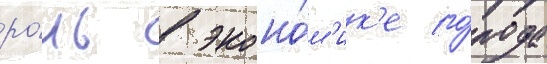
ро́ль в эконо́м'ик'е го́рода